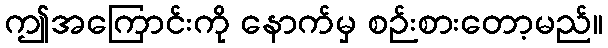
ဤအကြောင်းကို နောက်မှ စဉ်းစားတော့မည်။